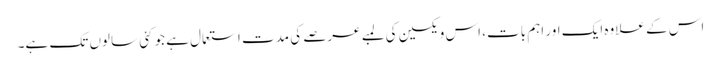
اس کے علاوہ ایک اور اہم بات، اس ویکسین کی لمبے عرصے کی مدت استعمال ہے جو کئی سالوں تک ہے۔